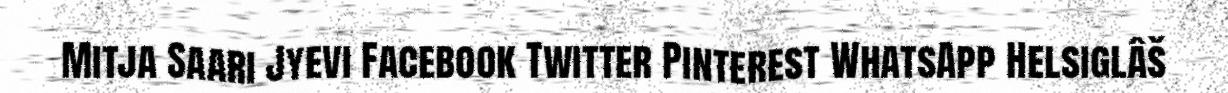
Mitja Saari Jyevi Facebook Twitter Pinterest WhatsApp Helsiglâš